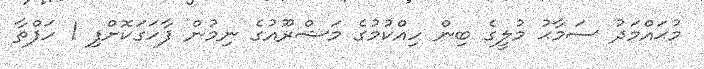
މުޙައްމަދު ސަމާޙު މުލީގެ ބިން ހިއްކުމުގެ މަޝްރޫއުގެ ނިމުން ފާހަގަކޮށްފި 1 ހަފްތާ